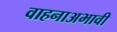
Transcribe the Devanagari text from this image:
वाहनाअभावी